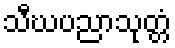
သီဃပညာသုတ္တံ